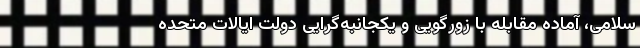
سلامی، آماده مقابله با زورگویی و یکجانبه‌گرایی دولت ایالات متحده